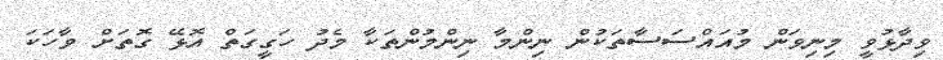
ވިދާޅުވީ މިނިވަން މުއައްސަސާތަކުން ނިންމާ ނިންމުންތަކާ މެދު ހަގީގަތް އޮޅޭ ގޮތަށް ވާހަކަ